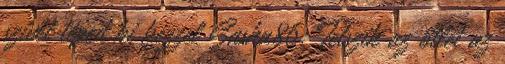
szívét téped ki kézzel Sasha86: Tetszik az ötlet az